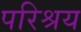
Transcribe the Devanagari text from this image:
परिश्रय